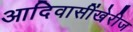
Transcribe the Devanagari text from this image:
आदिवासींखेरीज